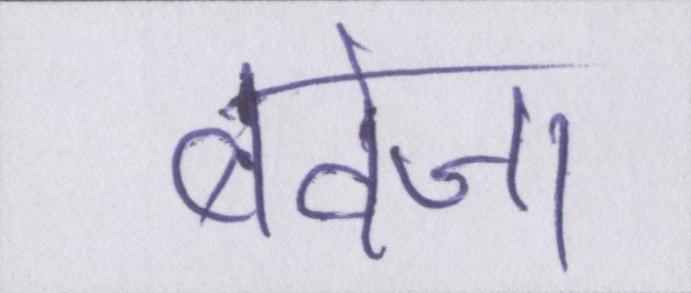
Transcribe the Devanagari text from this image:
बवेजा